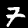
Digit: 7